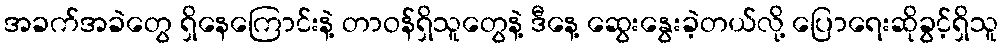
အခက်အခဲတွေ ရှိနေကြောင်းနဲ့ တာဝန်ရှိသူတွေနဲ့ ဒီနေ့ ဆွေးနွေးခဲ့တယ်လို့ ပြောရေးဆိုခွင့်ရှိသူ